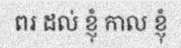
ពរ ដល់ ខ្ញុំ កាល ខ្ញុំ